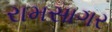
રામસાગર